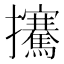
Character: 㩷